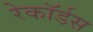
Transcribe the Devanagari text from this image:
रेकॉर्डस